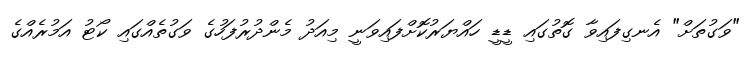
"ވަގުތަށް" އެނގިފައިވާ ގޮތުގައި ޑީޑީ ހައްޔަރުކޮށްފައިވަނީ މިއަދު މެންދުރުފަހުގެ ވަގުތެއްގައި ކޯޓު އަމުރެއްގެ